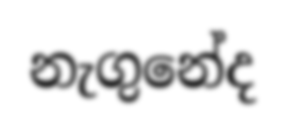
නැගුනේද